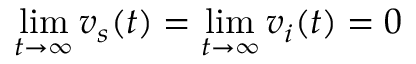
\operatorname* { l i m } _ { t \to \infty } v _ { s } ( t ) = \operatorname* { l i m } _ { t \to \infty } v _ { i } ( t ) = 0